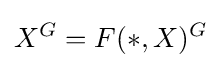
X^{G}=F(*,X)^{G}